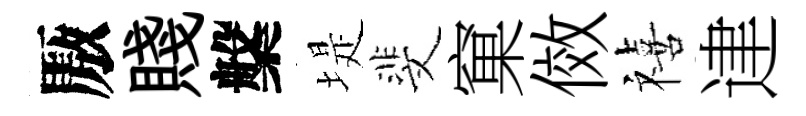
厫賤槃堤斐窠傚禧䢖